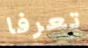
تعرفا